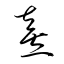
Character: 熹